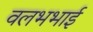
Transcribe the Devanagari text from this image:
वलभभाई